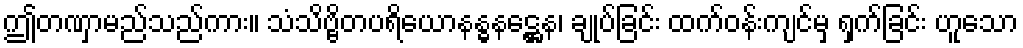
ဤတဏှာမည်သည်ကား။ သံသိဗ္ဗိတပရိယောနန္ဓနဋ္ဌေန၊ ချုပ်ခြင်း ထက်ဝန်းကျင်မှ ရှက်ခြင်း ဟူသော